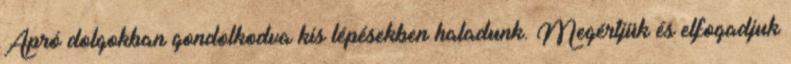
Apró dolgokban gondolkodva kis lépésekben haladunk. Megértjük és elfogadjuk